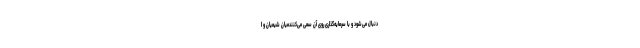
دنبال می‌شود و با سرمایه‌گذاری روی آن سعی می‌‌کنندمیان شیعیان و ا